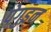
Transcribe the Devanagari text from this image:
पेगुइन